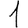
Digit: 1